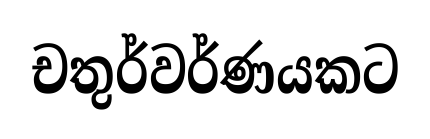
චතුර්වර්ණයකට